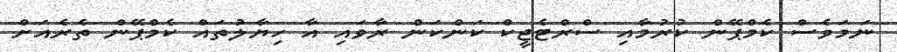
ނަމަވެސް ކެމްޕޭން ކުރުމާއި ސްރްޓެޖީކް ކަންކަން ރާވައި އާ ހިޔާލުތައް ކެމްޕޭން ތެރެއަށް